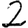
Digit: 2